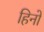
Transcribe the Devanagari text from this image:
हिनो